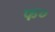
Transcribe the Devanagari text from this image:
फ०